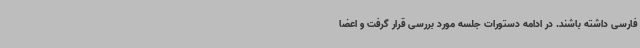
فارسی داشته باشند. در ادامه دستورات جلسه مورد بررسی قرار گرفت و اعضا